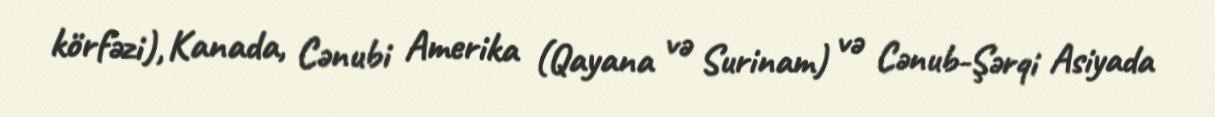
körfəzi), Kanada, Cənubi Amerika (Qayana və Surinam) və Cənub-Şərqi Asiyada